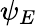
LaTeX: \psi_{E}